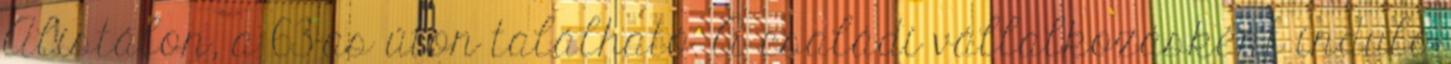
Alistálon, a 63-as úton található. A családi vállalkozásként induló